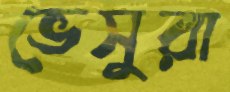
ভেসুরা